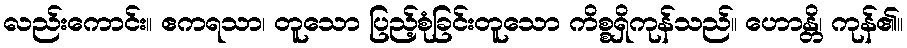
လည်းကောင်း။ ဧကရသာ၊ တူသော ပြည့်စုံခြင်းတူသော ကိစ္စရှိကုန်သည်။ ဟောန္တိ၊ ကုန်၏။